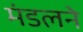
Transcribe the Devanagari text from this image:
मंडलने